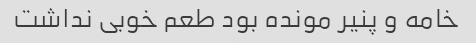
خامه و پنیر مونده بود طعم خوبی نداشت